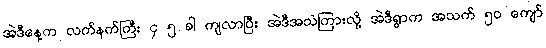
အဲဒီနေ့က လက်နက်ကြီး ၄ ၅ ခါ ကျလာပြီး အဲဒီအသံကြားလို့ အဲဒီရွာက အသက် ၅၀ ကျော်